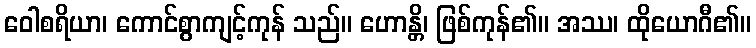
ဝေါစရိယာ၊ ကောင်စွာကျင့်ကုန် သည်။ ဟောန္တိ၊ ဖြစ်ကုန်၏။ အဿ၊ ထိုယောဂီ၏။